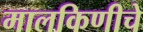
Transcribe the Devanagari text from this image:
मालकिणीचे